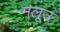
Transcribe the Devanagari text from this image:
मलूउ